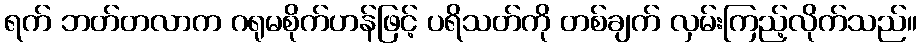
ရက် ဘတ်တလာက ဂရုမစိုက်ဟန်ဖြင့် ပရိသတ်ကို တစ်ချက် လှမ်းကြည့်လိုက်သည်။